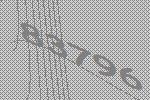
83796